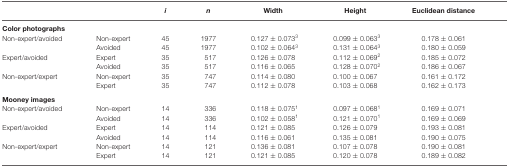
|  |  | i | n | Width | Height | Euclidean distance |
 | --- | --- | --- | --- | --- | --- | --- |
 | Color photographs |
 | Non-expert/avoided | Non-expert | 45 | 1977 | 0.127 ± 0.0733 | 0.099 ± 0.0633 | 0.178 ± 0.061 |  |
 |  | Avoided | 45 | 1977 | 0.102 ± 0.0643 | 0.131 ± 0.0643 | 0.180 ± 0.059 |  |
 | Expert/avoided | Expert | 35 | 517 | 0.126 ± 0.078 | 0.112 ± 0.0692 | 0.185 ± 0.072 |  |
 |  | Avoided | 35 | 517 | 0.116 ± 0.065 | 0.128 ± 0.0702 | 0.186 ± 0.067 |  |
 | Non-expert/expert | Non-expert | 35 | 747 | 0.114 ± 0.080 | 0.100 ± 0.067 | 0.161 ± 0.172 |  |
 |  | Expert | 35 | 747 | 0.112 ± 0.078 | 0.103 ± 0.068 | 0.162 ± 0.173 |
 | Mooney images |
 | Non-expert/avoided | Non-expert | 14 | 336 | 0.118 ± 0.0751 | 0.097 ± 0.0681 | 0.169 ± 0.071 |  |
 |  | Avoided | 14 | 336 | 0.102 ± 0.0581 | 0.121 ± 0.0701 | 0.169 ± 0.069 |  |
 | Expert/avoided | Expert | 14 | 114 | 0.121 ± 0.085 | 0.126 ± 0.079 | 0.193 ± 0.081 |  |
 |  | Avoided | 14 | 114 | 0.116 ± 0.061 | 0.135 ± 0.081 | 0.190 ± 0.075 |  |
 | Non-expert/expert | Non-expert | 14 | 121 | 0.136 ± 0.081 | 0.107 ± 0.078 | 0.190 ± 0.081 |  |
 |  | Expert | 14 | 121 | 0.121 ± 0.085 | 0.120 ± 0.078 | 0.189 ± 0.082 |  |